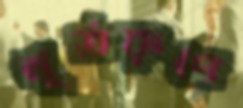
মূর্তরূপে